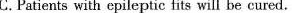
C.Patients with epileptic fits will be cured.